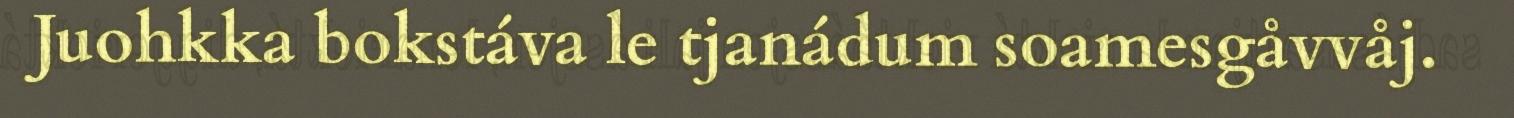
Juohkka bokstáva le tjanádum soamesgåvvåj.